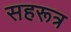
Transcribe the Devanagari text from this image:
सहरूत्र